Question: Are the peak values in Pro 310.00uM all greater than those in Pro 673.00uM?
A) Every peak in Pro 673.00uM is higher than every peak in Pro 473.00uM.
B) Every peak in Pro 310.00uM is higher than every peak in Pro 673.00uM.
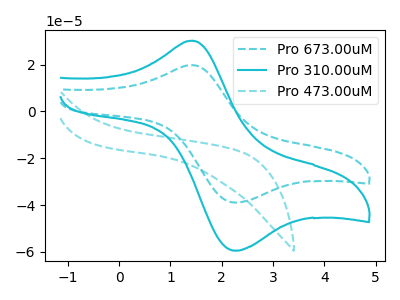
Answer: <think>The cyan dashed curve "Pro 673.00uM" has an anodic peak at (1.45V, 19.75uA) and a cathodic peak at (2.30V, -38.85uA). The cyan curve "Pro 310.00uM" has an anodic peak at (1.45V, 30.20uA) and a cathodic peak at (2.30V, -59.40uA). The cyan dashed curve "Pro 473.00uM" has no peaks.</think>
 <answer>B) Every peak in "Pro 310.00uM" is higher than every peak in "Pro 673.00uM".</answer>
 <eval>B</eval>